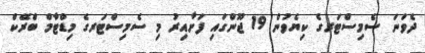
ދެވަނަ ސެމިސްޓަރގެ ކިޔެވުން 19 ޖޫންގައި ފަށާއިރު މި ސެމިސްޓަރގެ މިޑްޓާމް ބްރޭކް